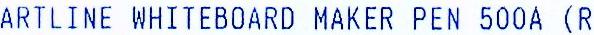
ARTLINE WHITEBOARD MAKER PEN 500A (R